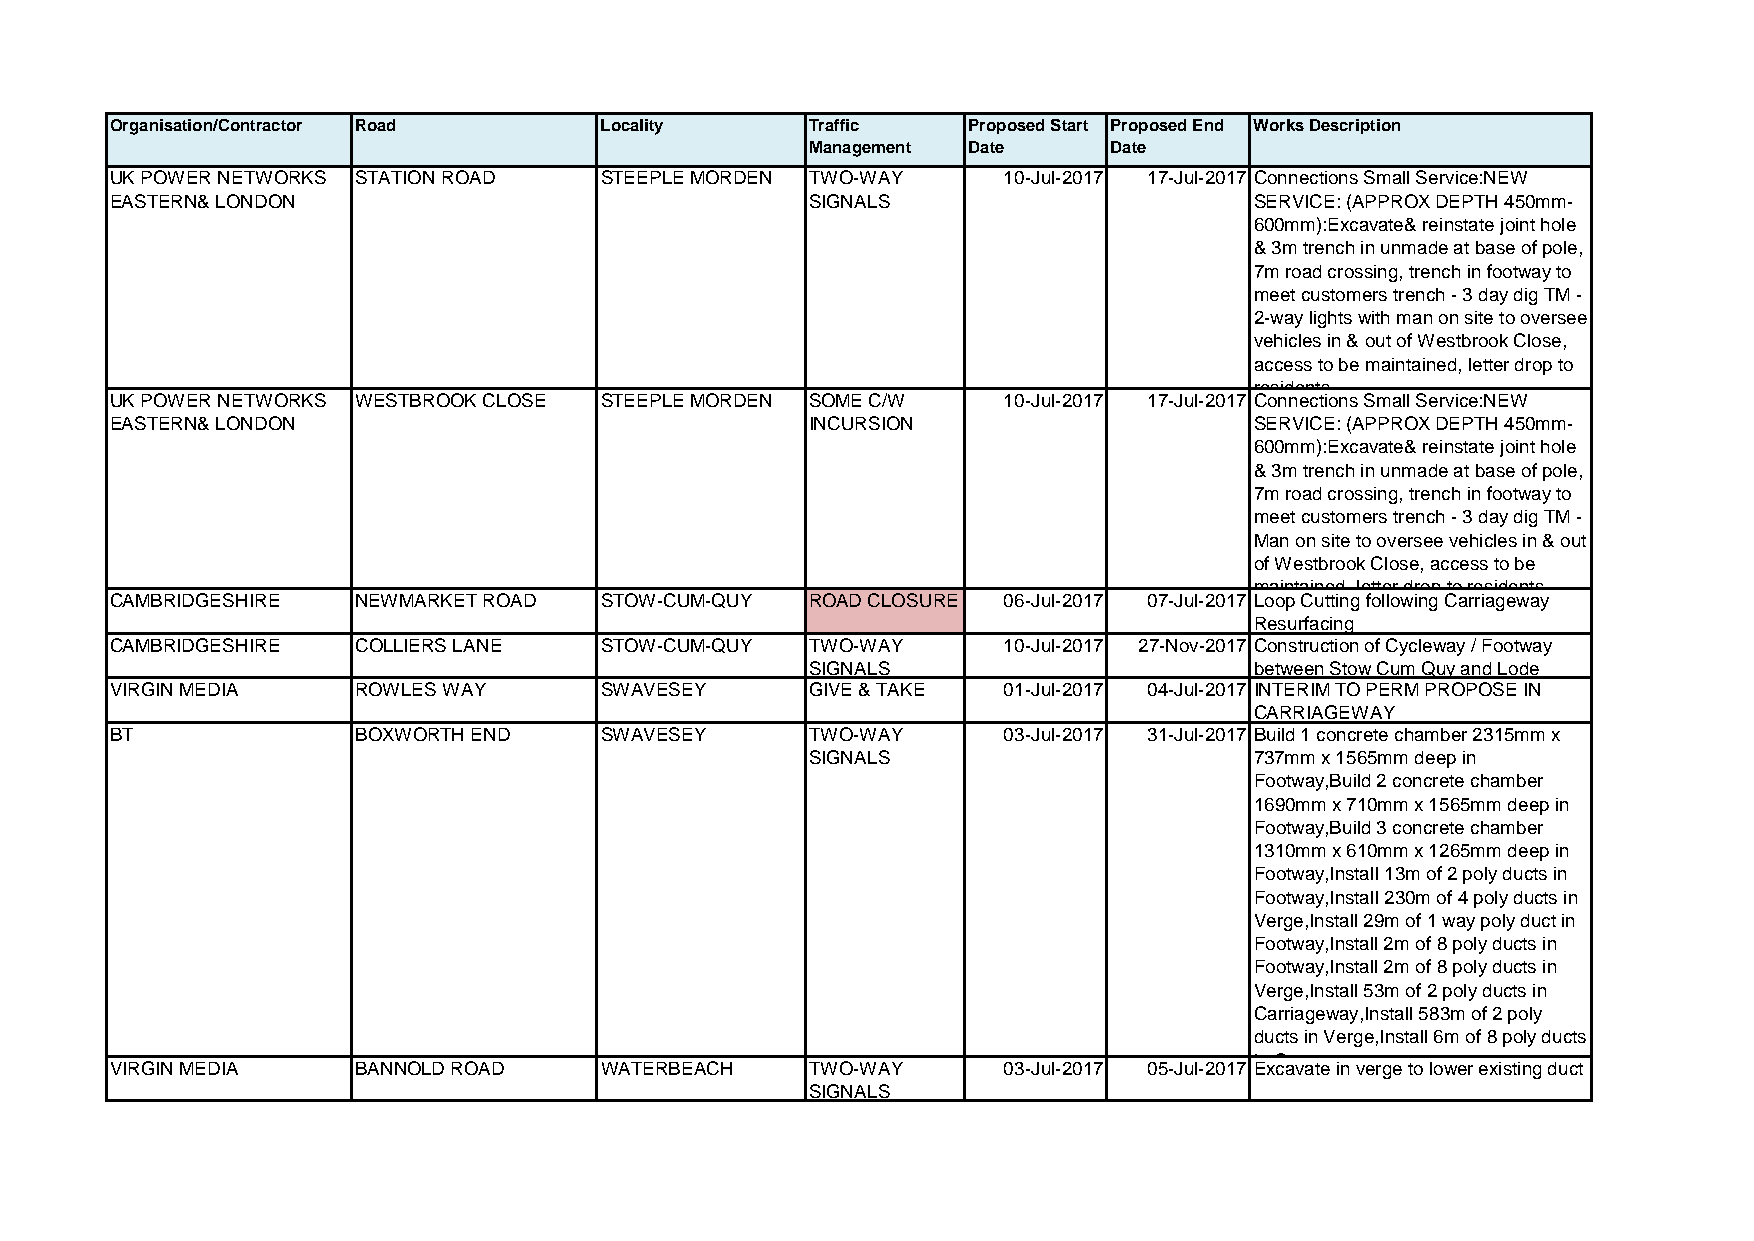
Organisation/Contractor Road     Locality      Traffic   Proposed Start Proposed End Works Description
 Management Date    Date
 UK POWER NETWORKS STATION ROAD   STEEPLE MORDEN TWO-WAY    10-Jul-2017 17-Jul-2017 Connections Small Service:NEW
 EASTERN& LONDON                                SIGNALS                      SERVICE: (APPROX DEPTH 450mm-
 600mm):Excavate& reinstate joint hole
 & 3m trench in unmade at base of pole,
 7m road crossing, trench in footway to
 meet customers trench - 3 day dig TM -
 2-way lights with man on site to oversee
 vehicles in & out of Westbrook Close,
 access to be maintained, letter drop to
 residents
 UK POWER NETWORKS WESTBROOK CLOSE STEEPLE MORDEN SOME C/W  10-Jul-2017 17-Jul-2017 Connections Small Service:NEW
 EASTERN& LONDON                                INCURSION                    SERVICE: (APPROX DEPTH 450mm-
 600mm):Excavate& reinstate joint hole
 & 3m trench in unmade at base of pole,
 7m road crossing, trench in footway to
 meet customers trench - 3 day dig TM -
 Man on site to oversee vehicles in & out
 of Westbrook Close, access to be
 maintained, letter drop to residents
 CAMBRIDGESHIRE   NEWMARKET ROAD  STOW-CUM-QUY  ROAD CLOSURE 06-Jul-2017 07-Jul-2017 Loop Cutting following Carriageway
 Resurfacing
 CAMBRIDGESHIRE   COLLIERS LANE   STOW-CUM-QUY  TWO-WAY     10-Jul-2017 27-Nov-2017 Construction of Cycleway / Footway
 SIGNALS                      between Stow Cum Quy and Lode
 VIRGIN MEDIA     ROWLES WAY      SWAVESEY      GIVE & TAKE 01-Jul-2017 04-Jul-2017 INTERIM TO PERM PROPOSE IN
 CARRIAGEWAY
 BT               BOXWORTH END    SWAVESEY      TWO-WAY     03-Jul-2017 31-Jul-2017 Build 1 concrete chamber 2315mm x
 SIGNALS                      737mm x 1565mm deep in
 Footway,Build 2 concrete chamber
 1690mm x 710mm x 1565mm deep in
 Footway,Build 3 concrete chamber
 1310mm x 610mm x 1265mm deep in
 Footway,Install 13m of 2 poly ducts in
 Footway,Install 230m of 4 poly ducts in
 Verge,Install 29m of 1 way poly duct in
 Footway,Install 2m of 8 poly ducts in
 Footway,Install 2m of 8 poly ducts in
 Verge,Install 53m of 2 poly ducts in
 Carriageway,Install 583m of 2 poly
 ducts in Verge,Install 6m of 8 poly ducts
 in C
 VIRGIN MEDIA     BANNOLD ROAD    WATERBEACH    TWO-WAY     03-Jul-2017 05-Jul-2017 Excavate in verge to lower existing duct
 SIGNALS